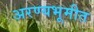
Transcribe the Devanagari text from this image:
अरण्यभूमीत